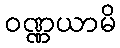
ဝဏ္ဏယာမိ